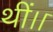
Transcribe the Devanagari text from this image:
थीं।।